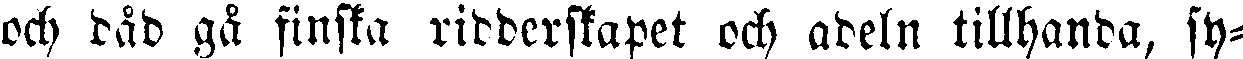
och dåd gå finska ridderskapet och adeln tillhanda, sy-